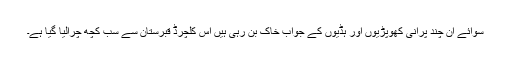
سوائے اُن چند پرانی کھوپڑیوں اور ہڈیوں کے جواب خاک بن رہی ہیں اس کلچرڈ قبرستان سے سب کچھ چرالیا گیا ہے۔